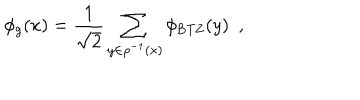
\phi _ { g } ( x ) = { \frac { 1 } { \sqrt { 2 } } } \sum _ { y \in \rho ^ { - 1 } ( x ) } \phi _ { \mathrm { { B T Z } } } ( y ) \ \ ,